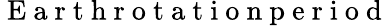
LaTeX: \mathrm{~E~a~r~t~h~r~o~t~a~t~i~o~n~p~e~r~i~o~d~}